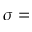
\sigma =